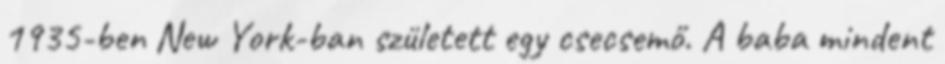
1935-ben New York-ban született egy csecsemő. A baba mindent